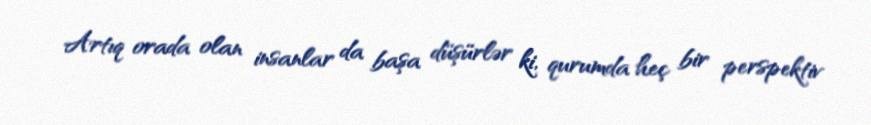
Artıq orada olan insanlar da başa düşürlər ki, qurumda heç bir perspektiv